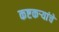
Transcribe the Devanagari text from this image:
कष्टकर्‍यांचे